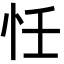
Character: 𢗖